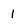
Character: i